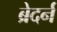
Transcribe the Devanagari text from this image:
ब्रेदर्न